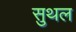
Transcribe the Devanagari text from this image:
सुथल